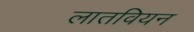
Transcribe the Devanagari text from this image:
लातवियन